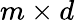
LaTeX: m\times d